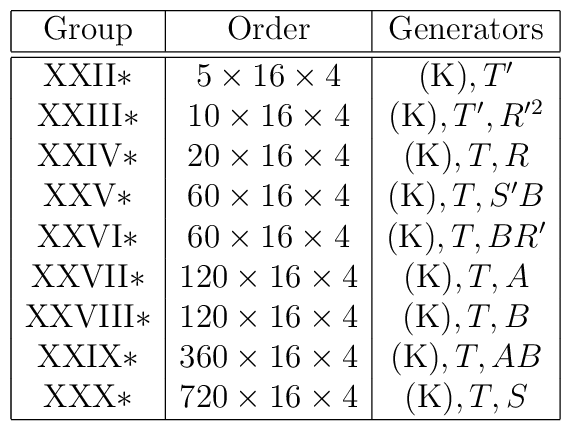
\begin{array}{|c|c|c|}\hline$Group$	& $Order$		& $Generators$ 	\\\hline \hline$XXII$*	& 5\times 16 \times 4	& ($K$),T'	\\$XXIII$*& 10\times 16 \times 4	& ($K$),T',R'^2	\\$XXIV$*	& 20\times 16 \times 4	& ($K$),T,R	\\$XXV$*	& 60\times 16 \times 4	& ($K$),T,S'B	\\$XXVI$*	& 60\times 16 \times 4	& ($K$),T,BR'	\\$XXVII$*& 120\times 16 \times 4	& ($K$),T,A	\\$XXVIII$*& 120\times 16 \times 4& ($K$),T,B	\\$XXIX$*	& 360\times 16 \times 4	& ($K$),T,AB	\\$XXX$*	& 720\times 16 \times 4	& ($K$),T,S	\\\hline\end{array}